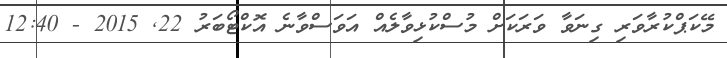
މޭކަޕްކުރާވަރި ގިނަވާ ވަރަކަށް މުސްކުޅިވާލެއް އަވަސްވާނެ އޮކްޓޯބަރު 22